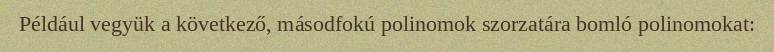
Például vegyük a következő, másodfokú polinomok szorzatára bomló polinomokat: